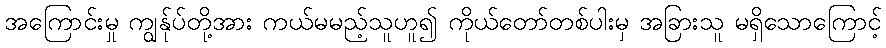
အကြောင်းမှု ကျွန်ုပ်တို့အား ကယ်မမည့်သူဟူ၍ ကိုယ်တော်တစ်ပါးမှ အခြားသူ မရှိသောကြောင့်